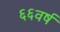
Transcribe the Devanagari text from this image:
६६वर्ष